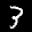
Label: 3